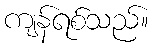
ကျန်ရစ်သည်။